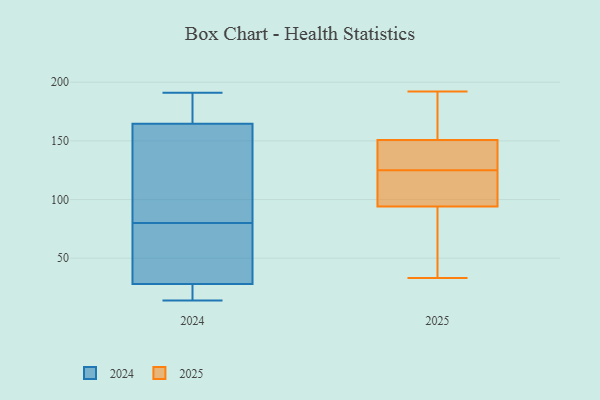
{"axis": {"x": "Website Visitors", "y": "Value"}, "legend": ["2024", "2025"], "data": [{"x": "", "y": 100, "type": "2025"}, {"x": "", "y": 141, "type": "2025"}, {"x": "", "y": 172, "type": "2025"}, {"x": "", "y": 192, "type": "2025"}, {"x": "", "y": 72, "type": "2025"}, {"x": "", "y": 150, "type": "2025"}, {"x": "", "y": 92, "type": "2025"}, {"x": "", "y": 119, "type": "2025"}, {"x": "", "y": 151, "type": "2025"}, {"x": "", "y": 107, "type": "2025"}, {"x": "", "y": 135, "type": "2025"}, {"x": "", "y": 90, "type": "2025"}, {"x": "", "y": 33, "type": "2025"}, {"x": "", "y": 172, "type": "2025"}, {"x": "", "y": 125, "type": "2025"}, {"x": "", "y": 177, "type": "2024"}, {"x": "", "y": 65, "type": "2024"}, {"x": "", "y": 30, "type": "2024"}, {"x": "", "y": 14, "type": "2024"}, {"x": "", "y": 26, "type": "2024"}, {"x": "", "y": 191, "type": "2024"}, {"x": "", "y": 86, "type": "2024"}, {"x": "", "y": 74, "type": "2024"}, {"x": "", "y": 118, "type": "2024"}, {"x": "", "y": 179, "type": "2024"}, {"x": "", "y": 63, "type": "2024"}, {"x": "", "y": 17, "type": "2024"}, {"x": "", "y": 152, "type": "2024"}, {"x": "", "y": 184, "type": "2024"}, {"x": "", "y": 19, "type": "2024"}, {"x": "", "y": 99, "type": "2024"}]}